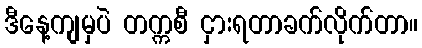
ဒီနေ့ကျမှပဲ တက္ကစီ ငှားရတာခက်လိုက်တာ။